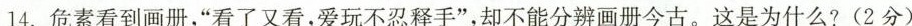
14. 危素看到画册，”看了又看，爱玩不忍释手”，却不能分辨画册今古。这是为什么?(2分)